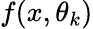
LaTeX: f(x,\theta_{k})